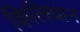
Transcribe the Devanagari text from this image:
किलियान